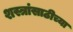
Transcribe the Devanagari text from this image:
शस्त्रांसाठीच्या